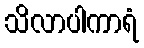
သိလာပါကာရံ